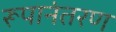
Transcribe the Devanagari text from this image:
रूपानंतरण